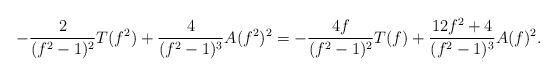
LaTeX: \begin{align*} -\frac{2}{(f^{2}-1)^{2}}T(f^{2})+\frac{4}{(f^{2}-1)^{3}}A(f^{2})^{2} = -\frac{4f}{(f^2-1)^{2}}T(f)+\frac{12f^2+4}{(f^{2}-1)^3} A(f)^{2}. \end{align*}